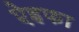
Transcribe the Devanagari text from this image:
ऐइफा